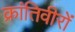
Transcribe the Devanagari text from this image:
क्रांतिवीरों